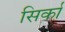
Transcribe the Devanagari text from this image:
सिर्का